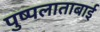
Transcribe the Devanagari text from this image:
पुष्पलाताबाई